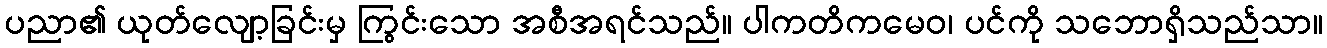
ပညာ၏ ယုတ်လျော့ခြင်းမှ ကြွင်းသော အစီအရင်သည်။ ပါကတိကမေဝ၊ ပင်ကို သဘောရှိသည်သာ။